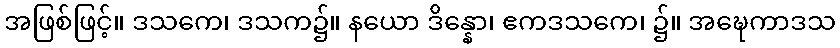
အဖြစ်ဖြင့်။ ဒသကေ၊ ဒသက၌။ နယော ဒိန္နော၊ ဧကဒသကေ၊ ၌။ အဍ္ဎေကာဒသ